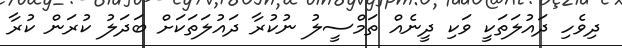
ދިވެހި ދައުލަތަކީ ވަކި ދީނެއް ތަމްސީލު ނުކުރާ ދައުލަތަކަށް ބަދަލު ކުރަން ކުރާ